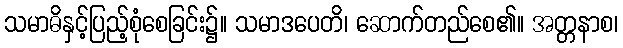
သမာဓိနှင့်ပြည့်စုံစေခြင်း၌။ သမာဒပေတိ၊ ဆောက်တည်စေ၏။ အတ္တနာစ၊